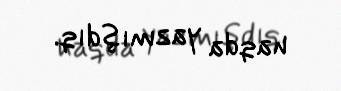
haqda yazmışdıq.